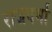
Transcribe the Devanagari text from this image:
राजवर्मा